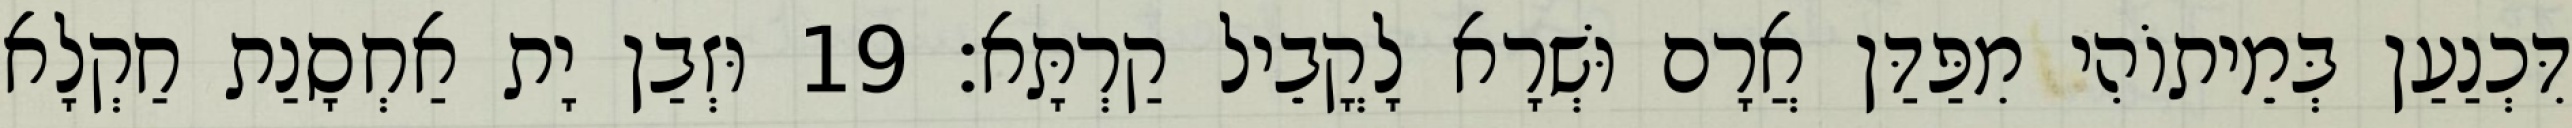
דִּכְנַעַן בְּמֵיתוֹהִי מִפַּדַּן אֲרָם וּשְׁרָא לָקֳבֵיל קַרְתָּא׃ 19 וּזְבַן יָת אַחְסָנַת חַקְלָא